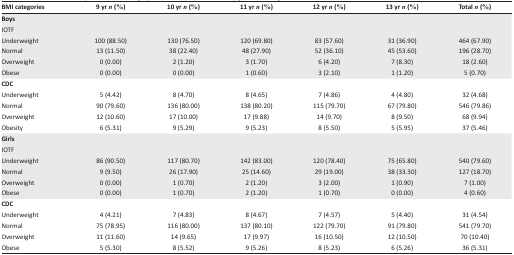
<table><thead><tr><td><b>BMI categories</b></td><td><b>9 yr <i>n</i> (%)</b></td><td><b>10 yr <i>n</i> (%)</b></td><td><b>11 yr <i>n</i> (%)</b></td><td><b>12 yr <i>n</i> (%)</b></td><td><b>13 yr <i>n</i> (%)</b></td><td><b>Total <i>n</i> (%)</b></td></tr></thead><tbody><tr><td colspan="7"><b>Boys</b>IOTF</td></tr><tr><td>Underweight</td><td>100 (88.50)</td><td>130 (76.50)</td><td>120 (69.80)</td><td>83 (57.60)</td><td>31 (36.90)</td><td>464 (67.90)</td></tr><tr><td>Normal</td><td>13 (11.50)</td><td>38 (22.40)</td><td>48 (27.90)</td><td>52 (36.10)</td><td>45 (53.60)</td><td>196 (28.70)</td></tr><tr><td>Overweight</td><td>0 (0.00)</td><td>2 (1.20)</td><td>3 (1.70)</td><td>6 (4.20)</td><td>7 (8.30)</td><td>18 (2.60)</td></tr><tr><td>Obese</td><td>0 (0.00)</td><td>0 (0.00)</td><td>1 (0.60)</td><td>3 (2.10)</td><td>1 (1.20)</td><td>5 (0.70)</td></tr><tr><td colspan="7"><b>CDC</b></td></tr><tr><td>Underweight</td><td>5 (4.42)</td><td>8 (4.70)</td><td>8 (4.65)</td><td>7 (4.86)</td><td>4 (4.80)</td><td>32 (4.68)</td></tr><tr><td>Normal</td><td>90 (79.60)</td><td>136 (80.00)</td><td>138 (80.20)</td><td>115 (79.70)</td><td>67 (79.80)</td><td>546 (79.86)</td></tr><tr><td>Overweight</td><td>12 (10.60)</td><td>17 (10.00)</td><td>17 (9.88)</td><td>14 (9.70)</td><td>8 (9.50)</td><td>68 (9.94)</td></tr><tr><td>Obesity</td><td>6 (5.31)</td><td>9 (5.29)</td><td>9 (5.23)</td><td>8 (5.50)</td><td>5 (5.95)</td><td>37 (5.46)</td></tr><tr><td colspan="7"><b>Girls</b>IOTF</td></tr><tr><td>Underweight</td><td>86 (90.50)</td><td>117 (80.70)</td><td>142 (83.00)</td><td>120 (78.40)</td><td>75 (65.80)</td><td>540 (79.60)</td></tr><tr><td>Normal</td><td>9 (9.50)</td><td>26 (17.90)</td><td>25 (14.60)</td><td>29 (19.00)</td><td>38 (33.30)</td><td>127 (18.70)</td></tr><tr><td>Overweight</td><td>0 (0.00)</td><td>1 (0.70)</td><td>2 (1.20)</td><td>3 (2.00)</td><td>1 (0.90)</td><td>7 (1.00)</td></tr><tr><td>Obese</td><td>0 (0.00)</td><td>1 (0.70)</td><td>2 (1.20)</td><td>1 (0.70)</td><td>0 (0.00)</td><td>4 (0.60)</td></tr><tr><td colspan="7"><b>CDC</b></td></tr><tr><td>Underweight</td><td>4 (4.21)</td><td>7 (4.83)</td><td>8 (4.67)</td><td>7 (4.57)</td><td>5 (4.40)</td><td>31 (4.54)</td></tr><tr><td>Normal</td><td>75 (78.95)</td><td>116 (80.00)</td><td>137 (80.10)</td><td>122 (79.70)</td><td>91 (79.80)</td><td>541 (79.70)</td></tr><tr><td>Overweight</td><td>11 (11.60)</td><td>14 (9.65)</td><td>17 (9.97)</td><td>16 (10.50)</td><td>12 (10.50)</td><td>70 (10.40)</td></tr><tr><td>Obese</td><td>5 (5.30)</td><td>8 (5.52)</td><td>9 (5.26)</td><td>8 (5.23)</td><td>6 (5.26)</td><td>36 (5.31)</td></tr></tbody></table>